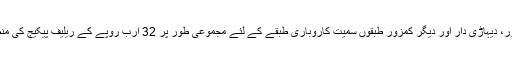
وزیر اعلی نے مذید کہا ہے کہ صوبائی حکومت نے کورونا وائرس کی وجہ سے درپیش مشکلات کے پیش نظر مزدور، دیہاڑی دار اور دیگر کمزور طبقوں سمیت کاروباری طبقے کے لئے مجموعی طور پر 32 ارب روپے کے ریلیف پیکیج کی منظوری دے دی ہے اور ضرورت پڑنے پر حکومت اپنی سالانہ ترقیاتی پروگرام کے فنڈز بھی عوام پر خرچ کرے گی۔